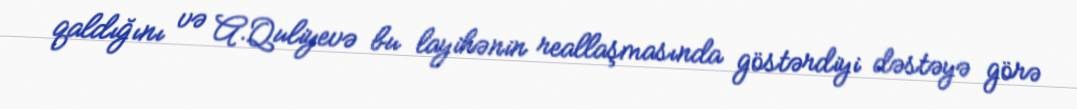
qaldığını və A.Quliyevə bu layihənin reallaşmasında göstərdiyi dəstəyə görə